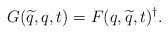
\begin{align*}G(\widetilde{q},q,t)=F(q,\widetilde{q},t)^\dagger.\end{align*}